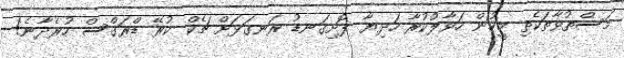
މަސްތުވާތަކެތި މީހުން ހަވާލުކުރާ ހަދިޔާ ފޮށިގަނޑު ރަނގަޅަށް ޗެކް ކުރޭ ޑްރަގްސް ހުރެދާނެ!